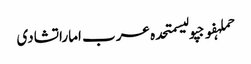
حملہفوجپولیسمتحدہ عرب اماراتشادی